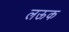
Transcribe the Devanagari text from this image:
लऊक